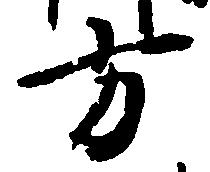
方